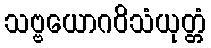
သဗ္ဗယောဂဝိသံယုတ္တံ